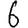
Digit: 6